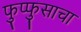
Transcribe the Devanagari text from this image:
फुप्फुसाचा